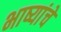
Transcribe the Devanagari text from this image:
भाष्यांचे